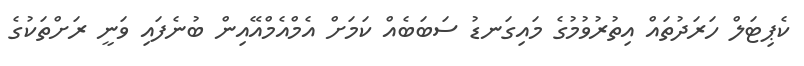
ކެޕިޓަލް ހަރަދުތައް އިތުރުވުމުގެ މައިގަނޑު ސަބަބެއް ކަމަށް އެމްއެމްއޭއިން ބުނެފައި ވަނީ ރަށްތަކުގެ